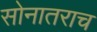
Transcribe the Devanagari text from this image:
सोनातराच